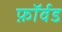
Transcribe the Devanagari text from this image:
फ़ॉर्वड